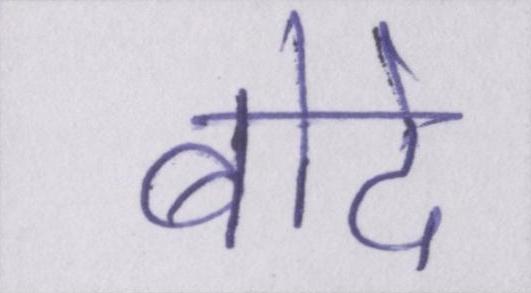
बोदे